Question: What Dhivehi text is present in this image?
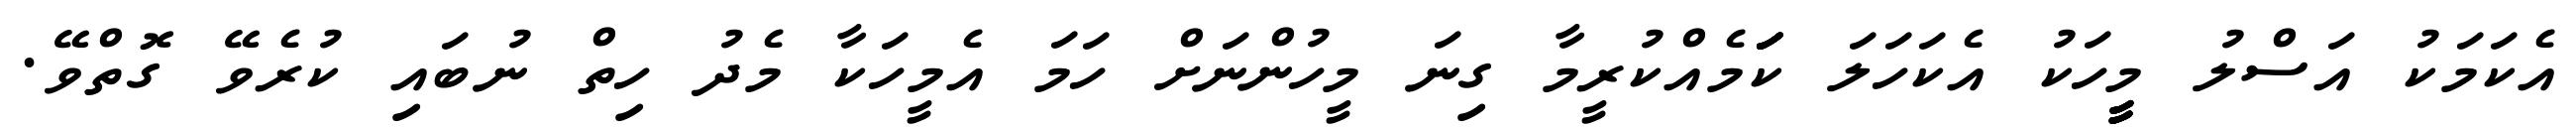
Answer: އެކަމަކު އަސްލު މީީީީީީހަކު އެކަހަލަ ކަަަަަަމެއްކުރީމާ ގިނަ މީހުންނަށް ހަމަ އެމީހަކާ މެދު ހިތް ނުބައި ކުރެވޭ ގޮތްވޭ.